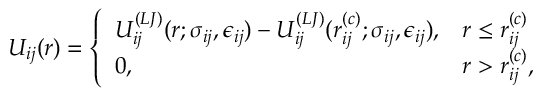
U _ { i j } ( r ) = \left\{ \begin{array} { l l } { U _ { i j } ^ { ( L J ) } ( r ; \sigma _ { i j } , \epsilon _ { i j } ) - U _ { i j } ^ { ( L J ) } ( r _ { i j } ^ { ( c ) } ; \sigma _ { i j } , \epsilon _ { i j } ) , } & { r \leq r _ { i j } ^ { ( c ) } } \\ { 0 , } & { r > r _ { i j } ^ { ( c ) } , } \end{array} \right.